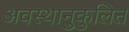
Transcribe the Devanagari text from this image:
अवस्थानुकुलित